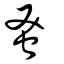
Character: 蚤